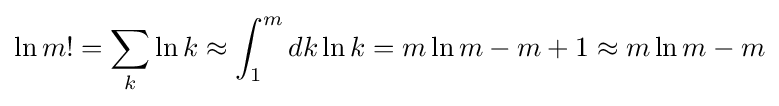
\ln m!=\sum _{k}\ln k\approx \int _{1}^{m}dk\ln k=m\ln m-m+1\approx m\ln m-m